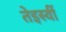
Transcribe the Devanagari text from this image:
तेइस्वीं